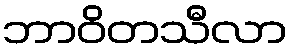
ဘာဝိတသီလာ